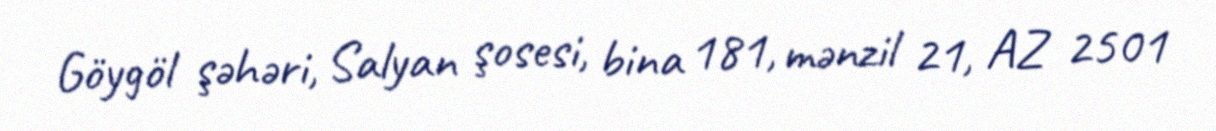
Göygöl şəhəri, Salyan şosesi, bina 181, mənzil 21, AZ 2501